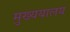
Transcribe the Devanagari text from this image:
मुख्ययालय